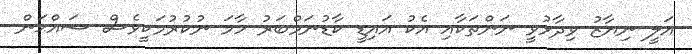
އަލީ ނިޔާޒު ވިދާޅުވީ ނަންތަކާއި އެކު އައިޑީ ކާޑުނަމްބަރު ހާމަ ނުކުރުމަކީވެސް ސައްޙަަން